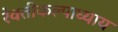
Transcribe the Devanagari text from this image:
रेवतीकल्पाध्याय